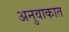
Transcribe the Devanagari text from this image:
अनुवाकात